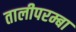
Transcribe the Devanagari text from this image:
तालीपरम्बा